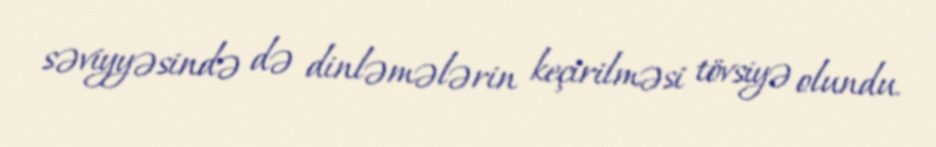
səviyyəsində də dinləmələrin keçirilməsi tövsiyə olundu.